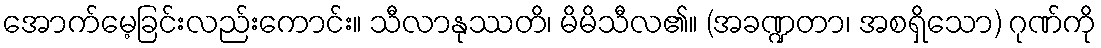
အောက်မေ့ခြင်းလည်းကောင်း။ သီလာနုဿတိ၊ မိမိသီလ၏။ (အခဏ္ဍတာ၊ အစရှိသော) ဂုဏ်ကို